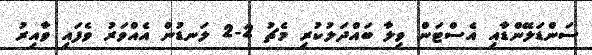
ސަންޑަލޭންޑާއި އެސްޓަން ވިލާ ބައްދަލުކުރި މެޗު 2-2 ލަނޑުން އެއްވަރު ވެފައި ވާއިރު